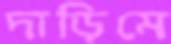
দাড়িমে